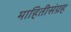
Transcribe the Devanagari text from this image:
माहितीसंग्रह